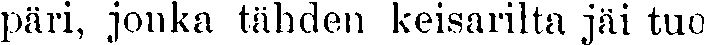
päri, jonka tähden keisarilta jäi tuo